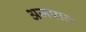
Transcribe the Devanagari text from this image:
अजपाल